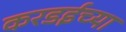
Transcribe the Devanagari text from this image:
करडईच्या